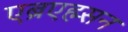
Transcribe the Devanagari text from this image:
एब्रएह्म्सन